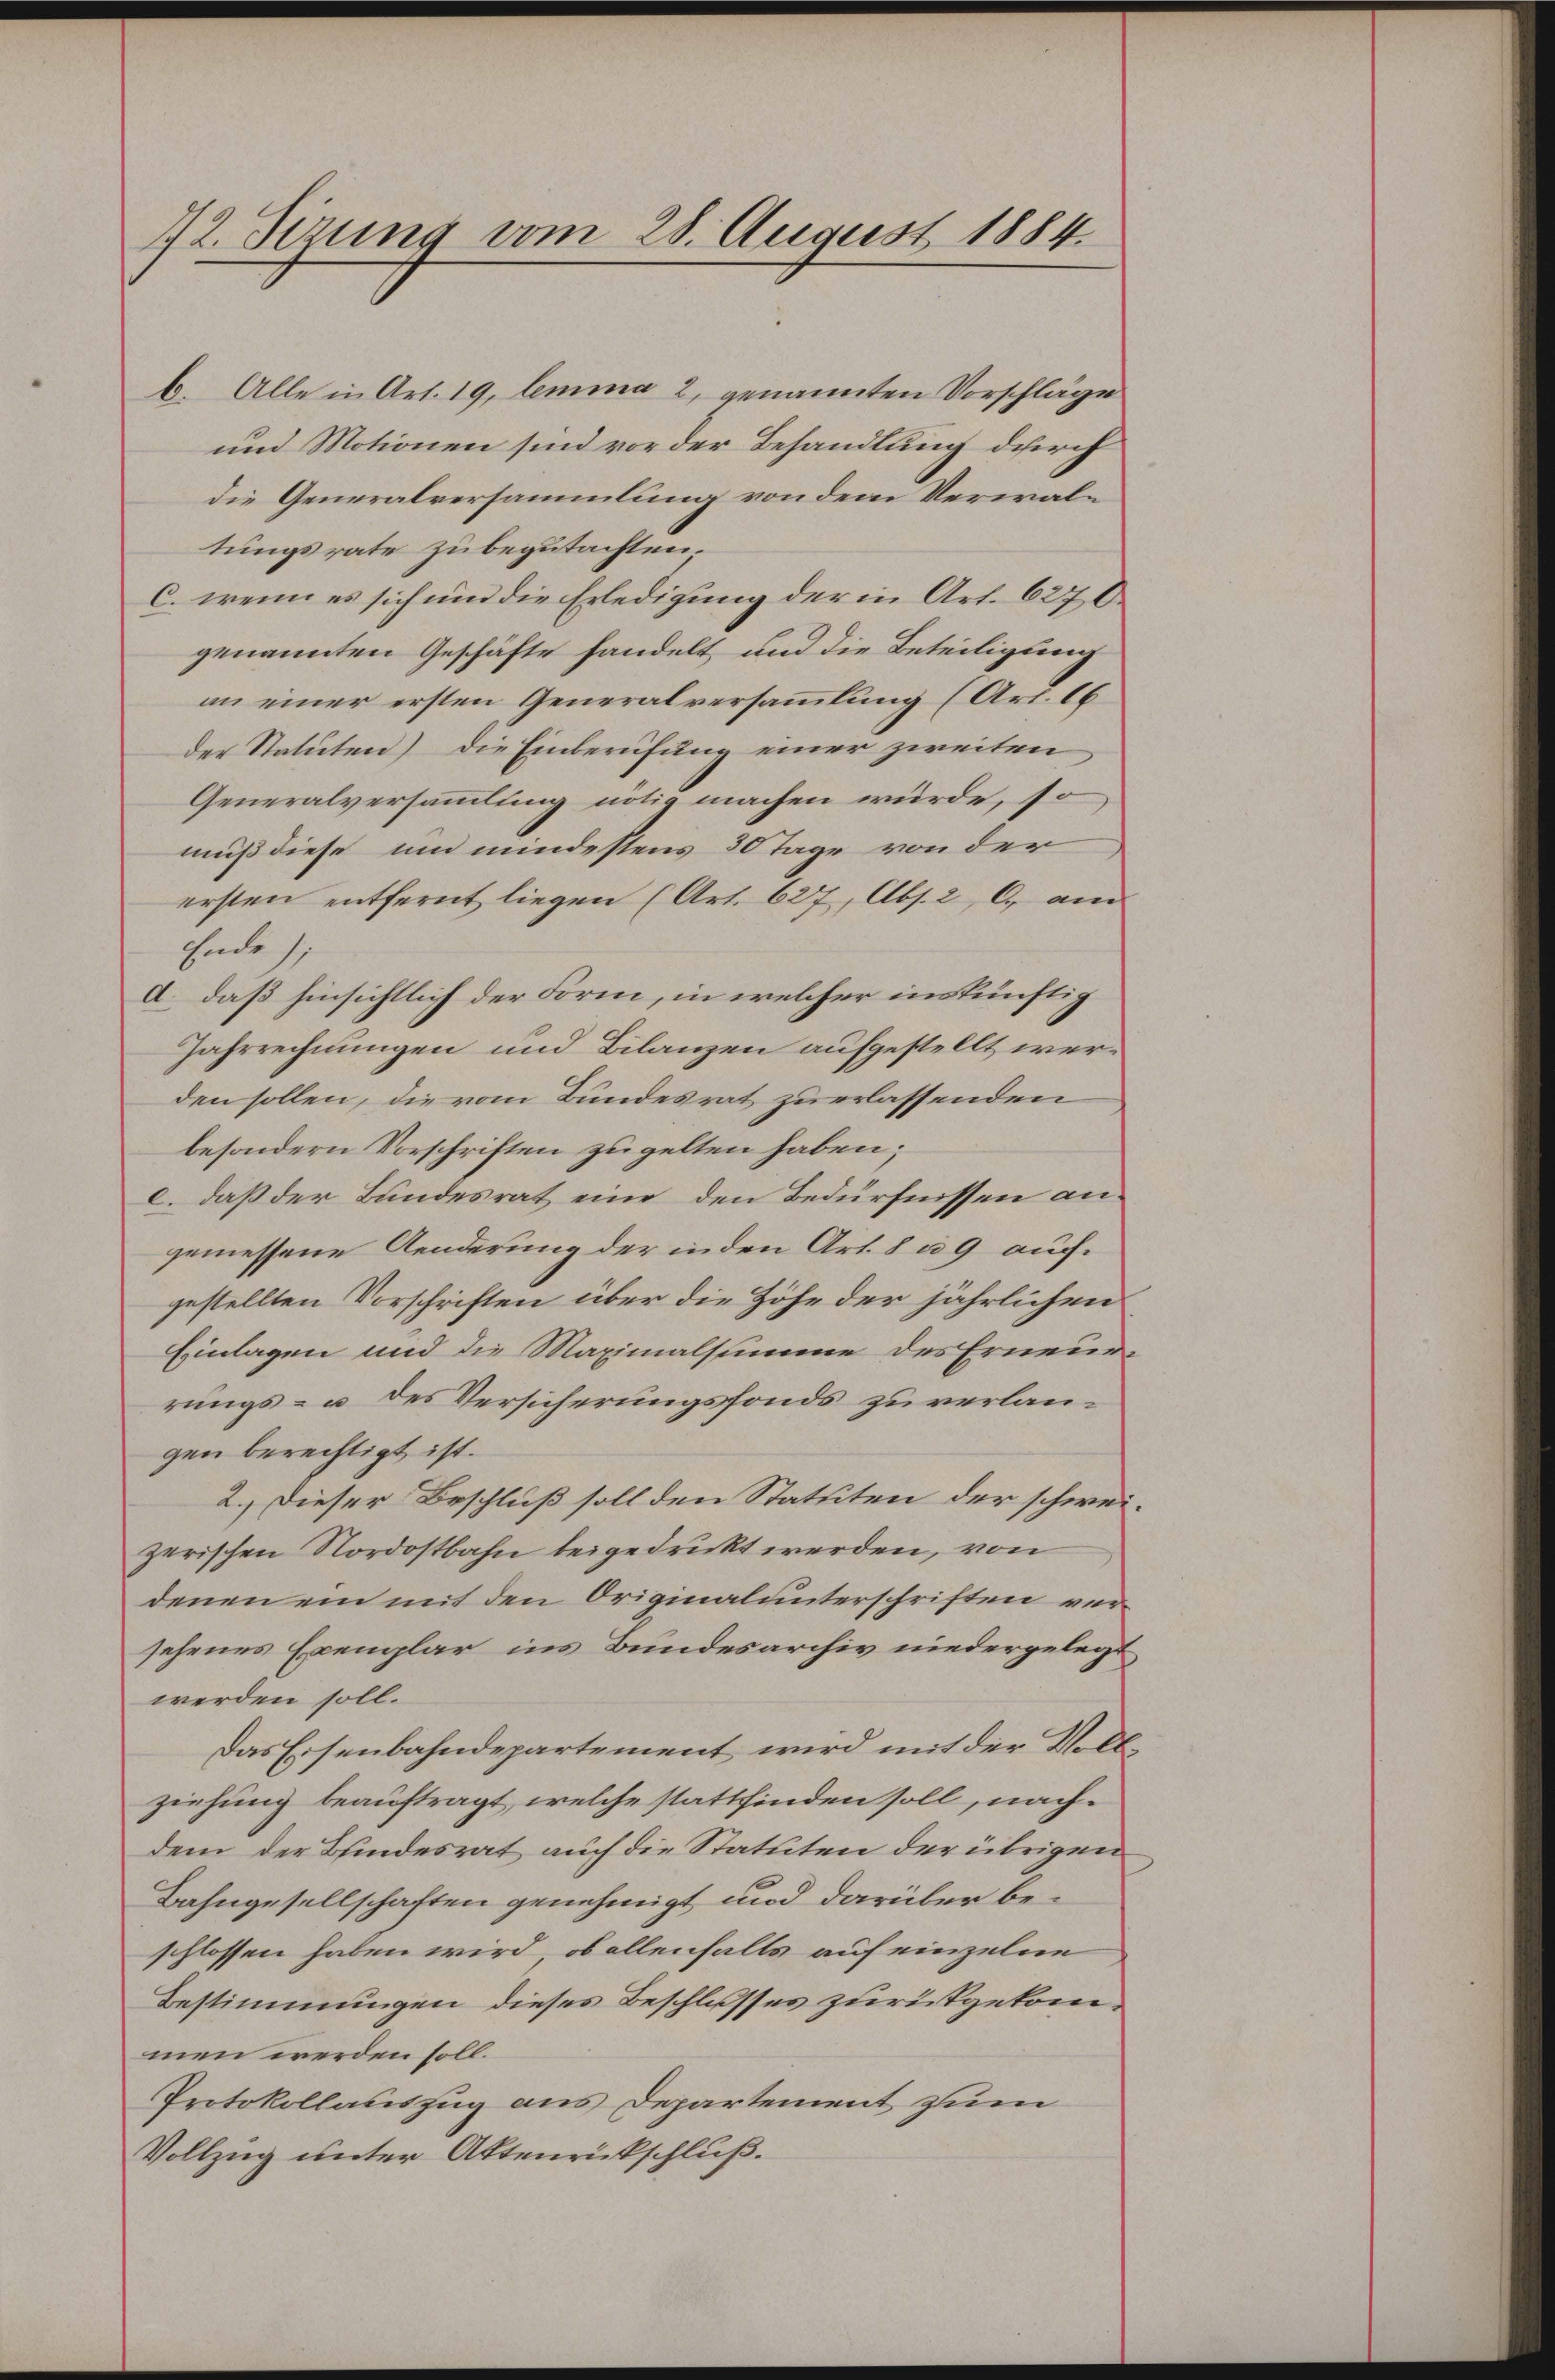
72. Sizung vom 28. August 1884.

b. Alle in Art. 19, lemma 2 genannten Vorschläge
und Motionen sind vor der Behandlung durch
die Generalversammlung von dem Verwaltungsrate zu begutachten.
C. wenn es sich und die Erledigung der in Art. 627. O.
genannten Geschäfte handelt und die Beteiligung
an einer ersten Generalversammlung (Art. 16
der Statuten) die Einberufung einer zweiten
Generalversammlung nötig machen würde, so
muß diese und mindestens 30 Tage von der
ersten entfernt liegen (Art. 627, Abs. 2, C. am
Ende);
d.) daß hinsichtlich der Form, in welcher inskünftig
Jahrrechnungen und Bilanzen aufgestellt werden sollen, die vom Bundesrat zu erlassenden
besondern Vorschriften zugelten haben;
c. daß der Bundesrat eine den Bedürfnissen angemessene Aenderung der inden Art. 8 u. 9 auchgestellten Vorschriften über die Höhe der jährlichen
Einlagen und die Maximalstimme des Erneue
rungs- u. des Versicherungsfonds zuverlangen berechtigt ist.
2.) Dieser Beschluß soll den Statuten der schwezerischen Nordostbahn beigedruckt werden, von
denen ein mit den Originalunterschriften versehenes Exemplar ins Bundesarchiv niedergelegt
werden soll.
Das Eisenbahndepartement wird mit der Volziehung beauftragt, welche stattfinden soll, nachdem der Bundesrat auch die Statuten der übrigen
Bahngesellschaften genehmigt und darüber beschlossen haben wird, ob allenfalls auf einzelne
Bestimmungen dieses Beschlusses zurückgekommen werden soll.
Protokollauszug aus Departement zum
Vollzug unter Aktenrückschluß.